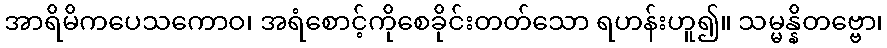
အာရိမိကပေသကောဝ၊ အရံစောင့်ကိုစေခိုင်းတတ်သော ရဟန်းဟူ၍။ သမ္မန္နိတဗ္ဗော၊